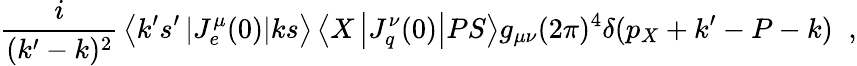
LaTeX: {\frac{i}{(k^{\prime}-k)^{2}}}\left\langle k^{\prime}s^{\prime}\left|J_{e}^{\mu}(0)\right|ks\right\rangle\left\langle X\left|J_{q}^{\nu}(0)\right|PS\right\rangle g_{\mu\nu}(2\pi)^{4}\delta(p_{X}+k^{\prime}-P-k)\; \; ,